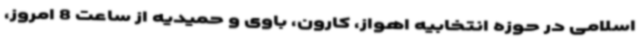
اسلامی در حوزه انتخابیه اهواز، کارون، باوی و حمیدیه از ساعت 8 امروز،